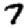
Digit: 7